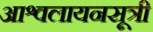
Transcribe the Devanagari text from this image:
आश्वलायनसूत्री